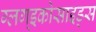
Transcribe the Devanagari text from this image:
ग्लग्इकोसाइड्स